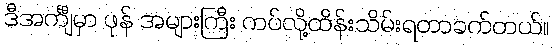
ဒီအင်္ကျီမှာ ဖုန် အများကြီး ကပ်လို့ထိန်းသိမ်းရတာခက်တယ်။